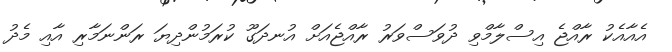
އެއާއެކު ރާއްޖެ އިސްލާމްވި ދުވަސްވަރު ރާއްޖެއަށް އުނދަގޫ ކުރަމުންދިޔަ ރަންނަމާރި އާއި މެދު